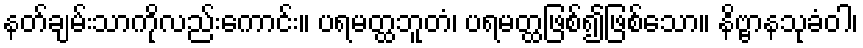
နတ်ချမ်းသာကိုလည်းကောင်း။ ပရမတ္ထဘူတံ၊ ပရမတ္ထဖြစ်၍ဖြစ်သော။ နိဗ္ဗာနသုခံဝါ၊